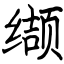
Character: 缬